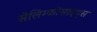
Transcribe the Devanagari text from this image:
सेलिम्फोसाइट्स